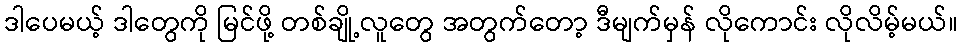
ဒါပေမယ့် ဒါတွေကို မြင်ဖို့ တစ်ချို့လူတွေ အတွက်တော့ ဒီမျက်မှန် လိုကောင်း လိုလိမ့်မယ်။